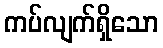
ကပ်လျက်ရှိသော